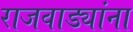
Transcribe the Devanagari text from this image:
राजवाड्यांना